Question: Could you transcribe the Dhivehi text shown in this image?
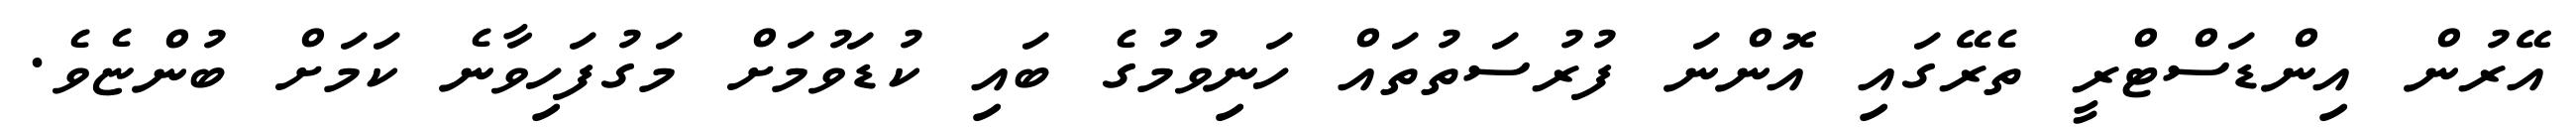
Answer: އޭރުން އިންޑަސްޓްރީ ތެރޭގައި އޮންނަ ފުރުސަތުތައް ހަނިވުމުގެ ބައި ކުޑަވުމަށް މަގުފަހިވާނެ ކަމަށް ބުންޏެވެ.